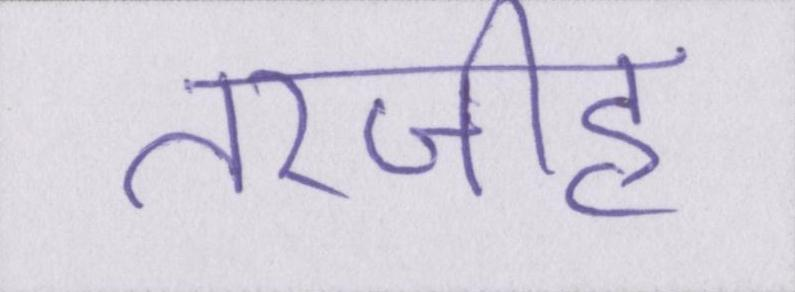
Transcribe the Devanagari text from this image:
तरजीह